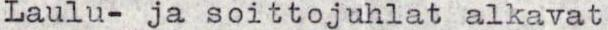
Laulu- ja soittojuhlat alkavat